Document type: Grant
Year: 1232
Scribe: Berenguer de Clos
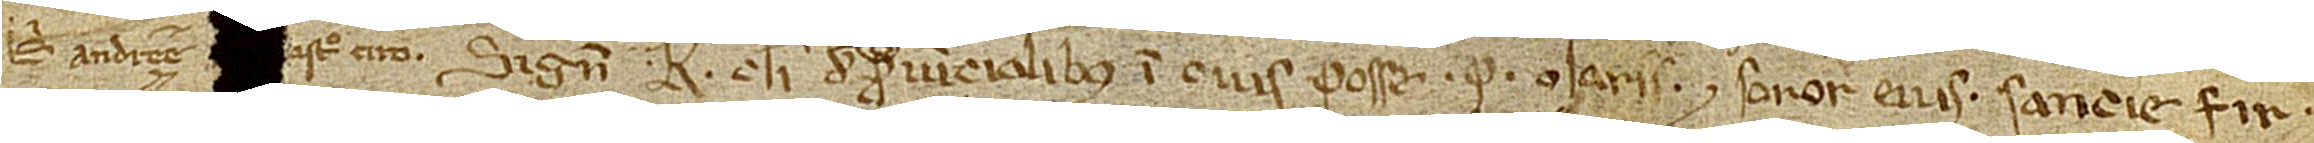
Beati Andree [de C]astro Ciro. Signum K., clerici de (signe)  Provincialibus, in cuius posse P. Olarii et soror eius Sancie fir-